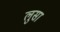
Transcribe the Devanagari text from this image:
लुसा